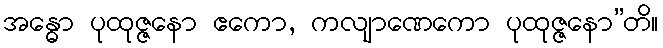
အန္ဓော ပုထုဇ္ဇနော ဧကော, ကလျာဏေကော ပုထုဇ္ဇနော”တိ။